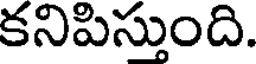
కనిపిస్తుంది.